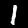
Digit: 1